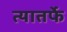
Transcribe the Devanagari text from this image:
त्यातर्फे